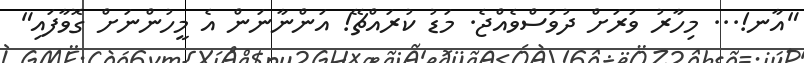
"އާނ!... މިހާރު ވަރަށް ދުވަސްވެއްޖެ. މަޑު ކުރައްޗޭ! އަންނާނަން އެ މީހުންނަށް ގޮވާފައި"